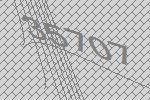
35707